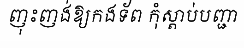
ញុះញង់ឱ្យកងទ័ព កុំស្តាប់បញ្ជា